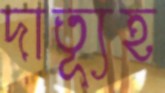
দাত্যূহ